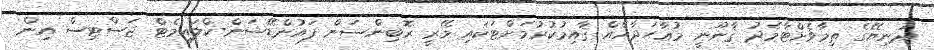
ދުނިޔޭގެ ތިމާވެށްޓާމެދު ޤާނޫނީ މުޢާހަދާއެއް ޤާއިމުކުރުމަށްޓަކައި މޭރީ ރޮބިންސަން ފައުންޑޭޝަން-ކްލައިމެޓް ޖަސްޓިސް އިން